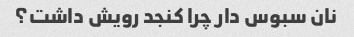
نان سبوس دار چرا کنجد رویش داشت؟